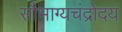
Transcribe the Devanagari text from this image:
सौभाग्यचंद्रोदय